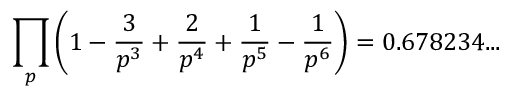
\prod _ { p } \left( 1 - { \frac { 3 } { p ^ { 3 } } } + { \frac { 2 } { p ^ { 4 } } } + { \frac { 1 } { p ^ { 5 } } } - { \frac { 1 } { p ^ { 6 } } } \right) = 0 . 6 7 8 2 3 4 . . .